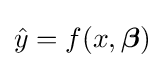
{\hat {y}}=f(x,{\boldsymbol {\beta }})